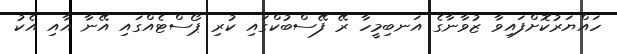
ހައްޔަރުކޮށްފައިވާ ޒުވާނާގެ އަނބިމީހާ ރޭ ފޭސްބުކްގައި ކުރި ޕޯސްޓެއްގައި އޭނާ އާއި އެކު